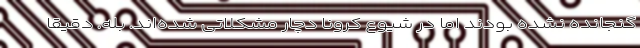
گنجانده نشده بودند اما در شیوع کرونا دچار مشکلاتی شده‌اند. بله. دقیقا